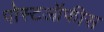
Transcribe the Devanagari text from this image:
पोस्टऑफीस